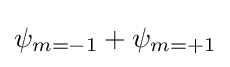
\psi _{m=-1}+\psi _{m=+1}